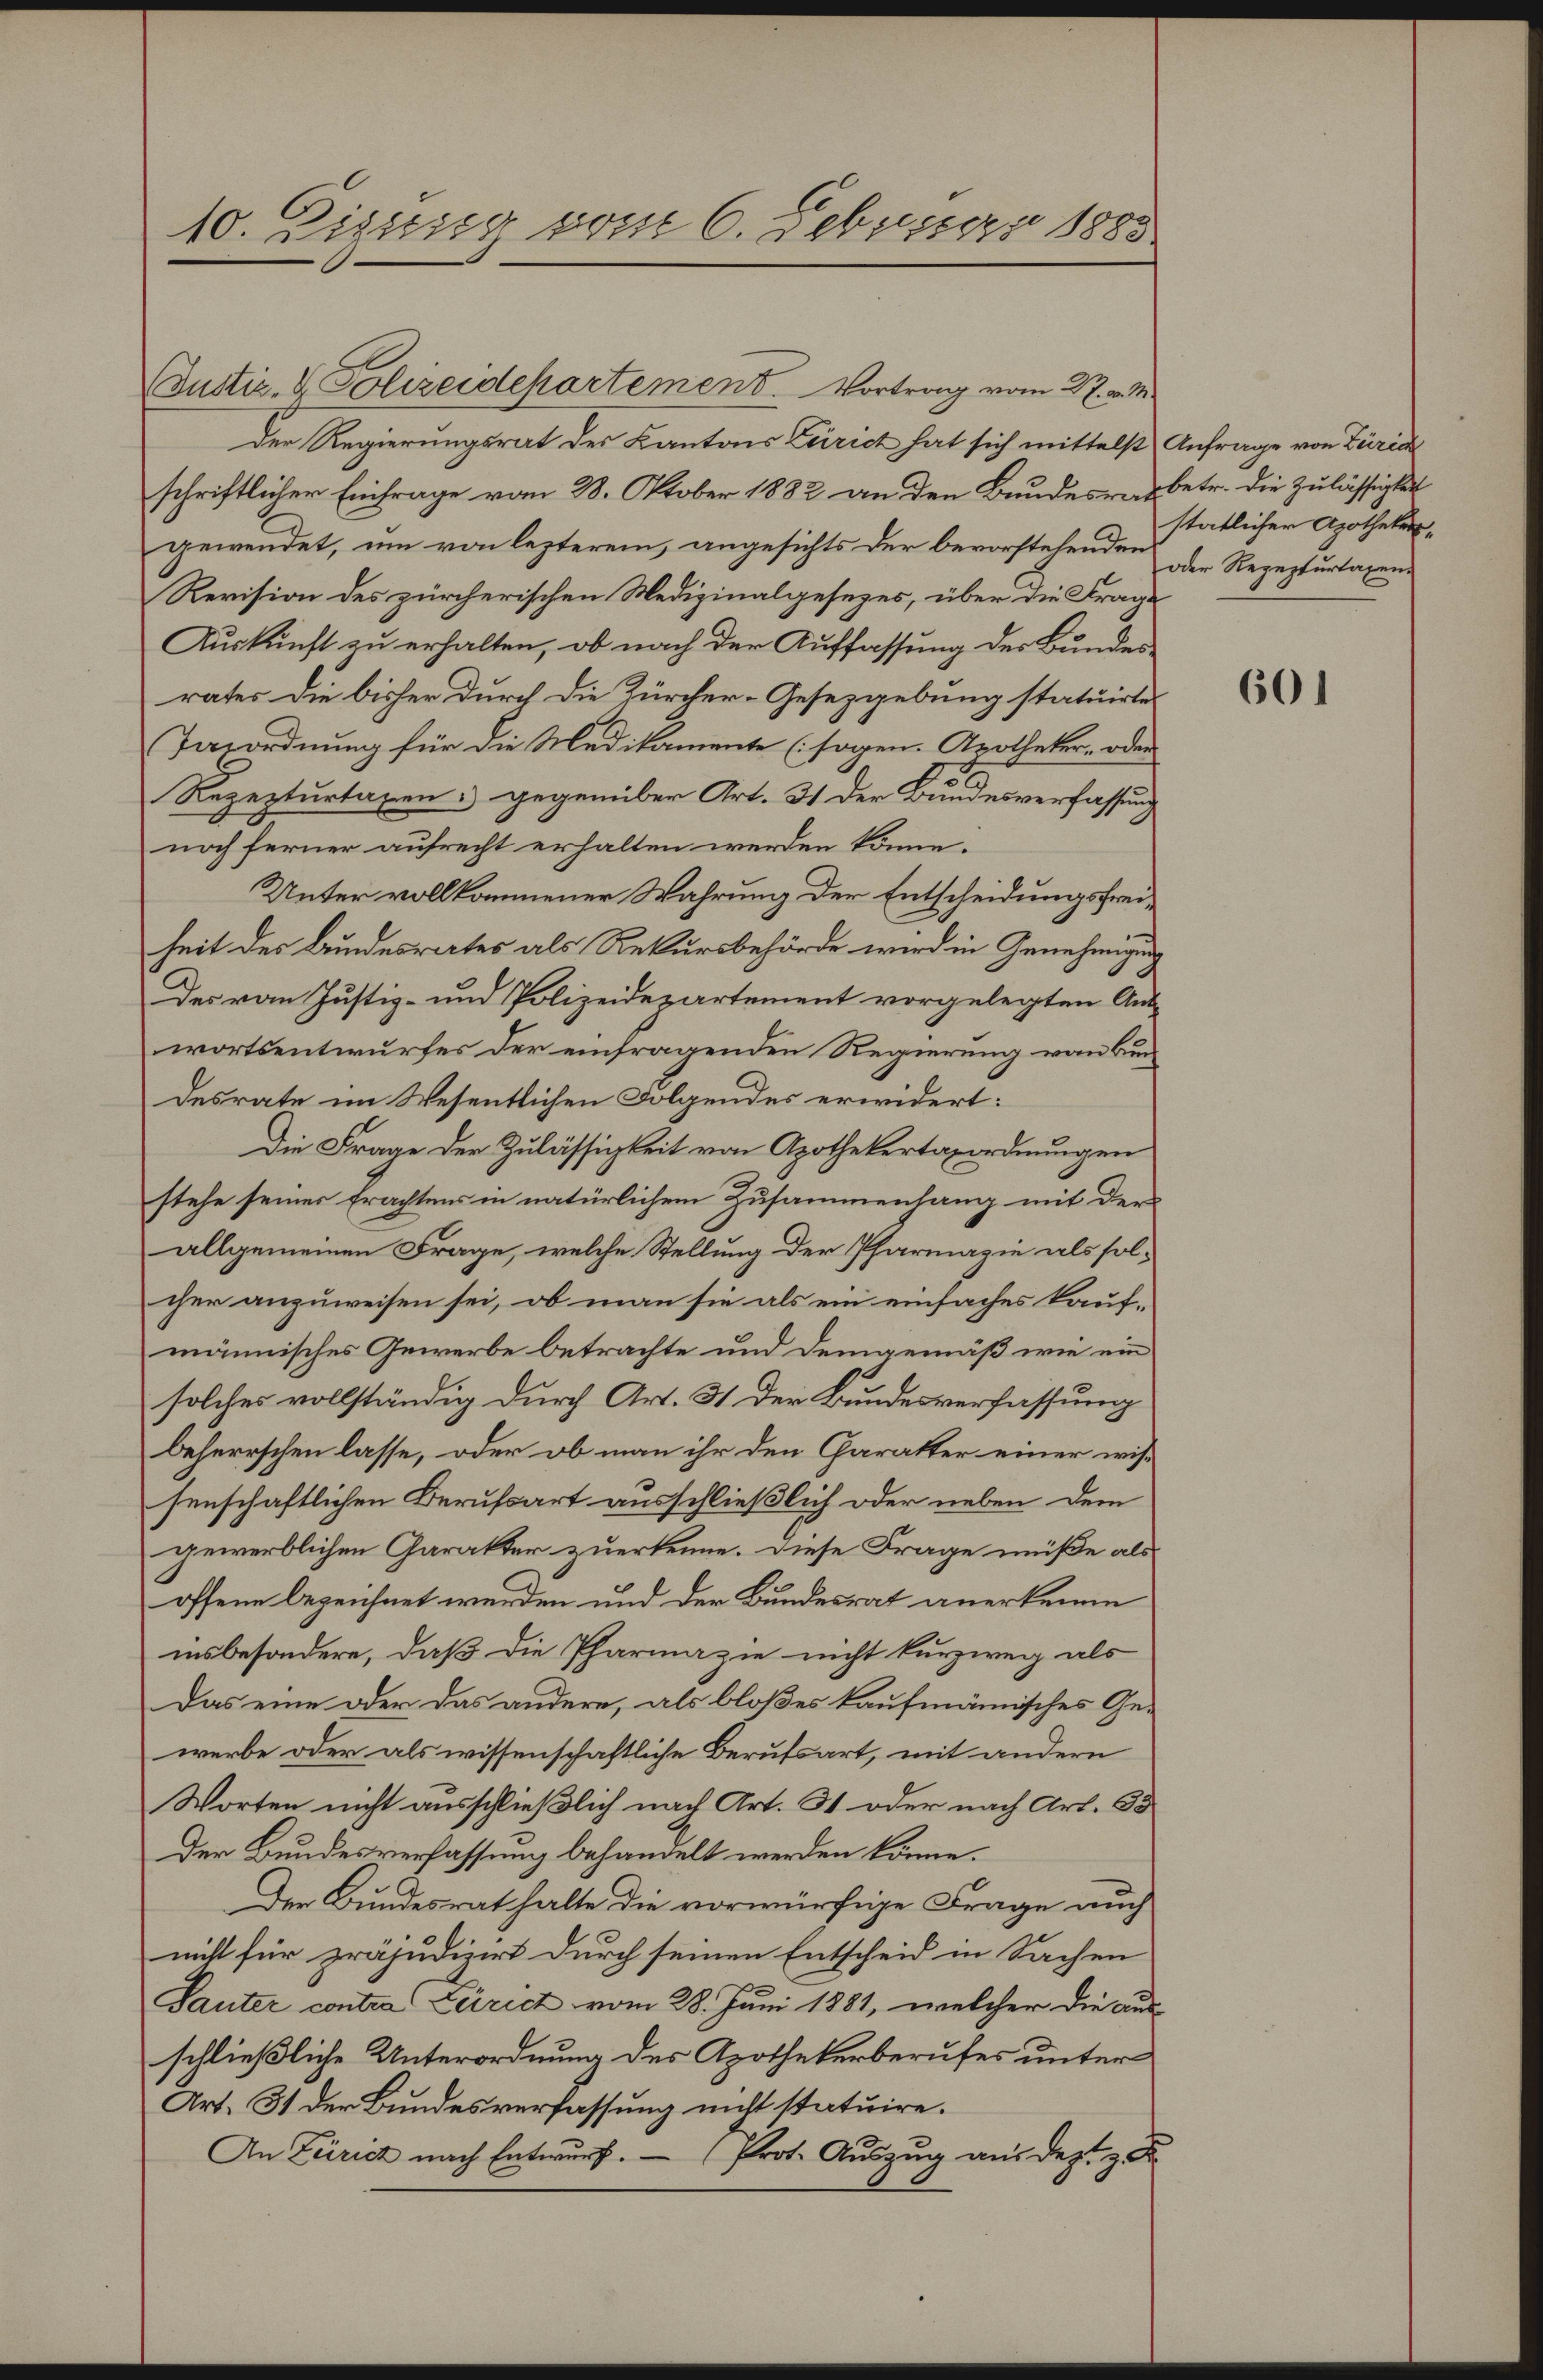
10. Eigung vom 6. Februar 1888

Justiz- & Polizeidepartement. Vortrag vom R. v. 1
Der Regierungsrat des Kantons Zürich hat sich mittelst Anfrage von Züric
schriftlicher Einfrage vom 28. Oktober 1882 an den Bundesrat betr. die Zulässigkeit
gewendet, um von lezterem, angesichts der bevorstehenden der Rezepturtaxen¬
Revision des zürcherischen Medizinalgesezes, über die Frage
Auskunft zu erhalten, ob nach der Auffassung der Bundesrates die bisher durch die Zürcher-Gesetzgebung statuirte
Tarordnung für die Medikamente (sogen. Apotheker- oder
Rezepturtaxen: gegenüber Art. 31 der Bundesverfassung
noch ferner aufrecht erhalten werden könne.
Unter vollkommener Wahrung der Entscheidungsfreiheit des Bundesrates als Rekursbehörde wird in Genehmigung
Des vom Justiz- und Polizeidepartement vorgelegten Aus-
wortsentwurfes der einfragenden Regierung von Buchdesrate im Wesentlichen Folgendes erwidert:
Die Frage der Zulässigkeit von Apothekertanordnungen
stehe seines Erachtens in natürlichem Zusammenlang mit der
allgemeinen Frage, welche Stellung der Pharmazie als sol-
cher anzuweisen sei, ob man sie als ein einfaches kaufmännisches Gewerbe betrachte und demgemäß wie ein
solches vollständig durch Art. 31 der Bundesverfassung
beherrschen lasse, oder ob man ihr den Charakter einer wissenschaftlichen Berufsart ausschließlich oder neben dem
gewerblichen Charakter zuerkenne. Diese Frage müße als
offene bezeichnet werden und der Bundesrat anerkenne
insbesondere, daß die Pharmazie nicht kurzweg als
Das eine oder das andere, als bloßes kaufmännisches Ge-
werbe oder als wissenschaftliche Berufsart, mit andern
Worten nicht ausschließlich nach Art. St. oder nach Art. 53
Der Bundesverfassung behandelt werden könne.
Der Bundesrathalte die vorwürfige Frage auch
nicht für präjudizirt durch seinen Entscheid in Sachen
Sauter contra Leirich vom 28. Juni 1881, welcher die aus-
schließliche Unterordnung des Apothekerberufes unter
Art. 31 der Bundesverfassung nicht statuire.
An Zürich nach Entwurf. — Prot. Auszug aus dez. z. B.

stätlicher Apotheker¬

601